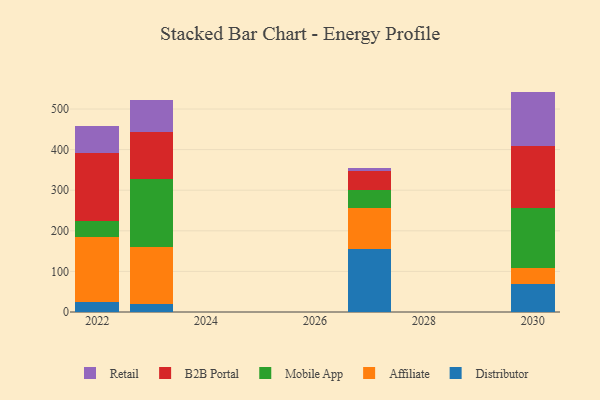
{"axis": {"x": "Year", "y": "Population (Million)"}, "legend": ["Affiliate", "B2B Portal", "Distributor", "Mobile App", "Retail"], "data": [{"x": "2030", "y": 69.3, "type": "Distributor"}, {"x": "2030", "y": 39.0, "type": "Affiliate"}, {"x": "2030", "y": 148.5, "type": "Mobile App"}, {"x": "2030", "y": 151.0, "type": "B2B Portal"}, {"x": "2030", "y": 135.1, "type": "Retail"}, {"x": "2023", "y": 20.4, "type": "Distributor"}, {"x": "2023", "y": 138.7, "type": "Affiliate"}, {"x": "2023", "y": 169.7, "type": "Mobile App"}, {"x": "2023", "y": 113.4, "type": "B2B Portal"}, {"x": "2023", "y": 79.3, "type": "Retail"}, {"x": "2022", "y": 24.7, "type": "Distributor"}, {"x": "2022", "y": 160.9, "type": "Affiliate"}, {"x": "2022", "y": 38.3, "type": "Mobile App"}, {"x": "2022", "y": 167.9, "type": "B2B Portal"}, {"x": "2022", "y": 65.3, "type": "Retail"}, {"x": "2027", "y": 155.0, "type": "Distributor"}, {"x": "2027", "y": 100.3, "type": "Affiliate"}, {"x": "2027", "y": 46.0, "type": "Mobile App"}, {"x": "2027", "y": 46.8, "type": "B2B Portal"}, {"x": "2027", "y": 7.6, "type": "Retail"}]}